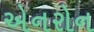
એનરોન